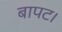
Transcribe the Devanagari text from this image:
बापट।